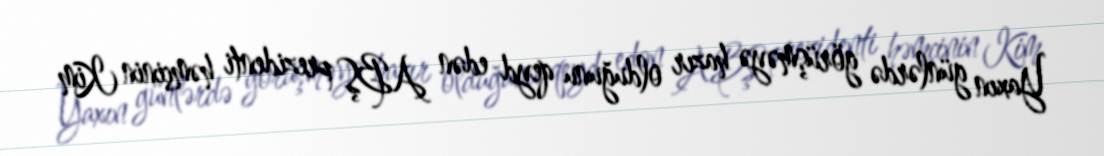
Yaxın günlərdə görüşməyə hazır olduğunu qeyd edən ABŞ prezidenti həmçinin Kim